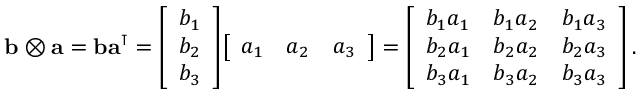
\mathbf { b } \otimes \mathbf { a } = \mathbf { b } \mathbf { a } ^ { \intercal } = { \left[ \begin{array} { l } { b _ { 1 } } \\ { b _ { 2 } } \\ { b _ { 3 } } \end{array} \right] } { \left[ \begin{array} { l l l } { a _ { 1 } } & { a _ { 2 } } & { a _ { 3 } } \end{array} \right] } = { \left[ \begin{array} { l l l } { b _ { 1 } a _ { 1 } } & { b _ { 1 } a _ { 2 } } & { b _ { 1 } a _ { 3 } } \\ { b _ { 2 } a _ { 1 } } & { b _ { 2 } a _ { 2 } } & { b _ { 2 } a _ { 3 } } \\ { b _ { 3 } a _ { 1 } } & { b _ { 3 } a _ { 2 } } & { b _ { 3 } a _ { 3 } } \end{array} \right] } \, .